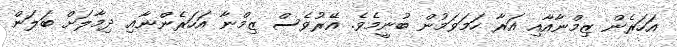
އަހަރެން ޒިމްނާއާއި އަރާ ހަމަވަމުން ބުނީމެވެ. އޭރުވެސް ޒިމްނާ އަހަރެންނާއި ދިމާލަށް ބަލަން